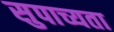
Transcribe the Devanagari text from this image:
सुपाच्यता